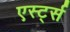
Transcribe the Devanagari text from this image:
एर्स्ट्स